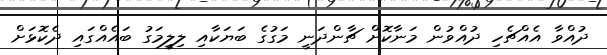
ދުއްވާ އެއްޗެހި ދުއްވުން މަނާކޮށް ޗާންދަނީ މަގުގެ ބަޔަކާއި ލިލީމަގު ބައެއްގައި ދެކޮޅަށް